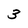
Character: 3